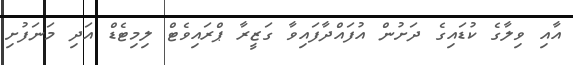
އާއި ވިލާގެ ކުޑައިގެ ދަށުން އުފައްދާފައިވާ ގަޒީރާ ޕްރައިވެޓް ލިމިޓެޑް އަދި މަނަފުށި